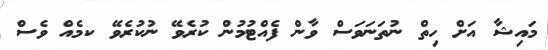
މައިޝާ އަށް ހިތް ނުތަނަވަސް ވާން ފެއްޓުމުން ކުރެވޭ ނުކުރެވޭ ކމެއް ވެސް